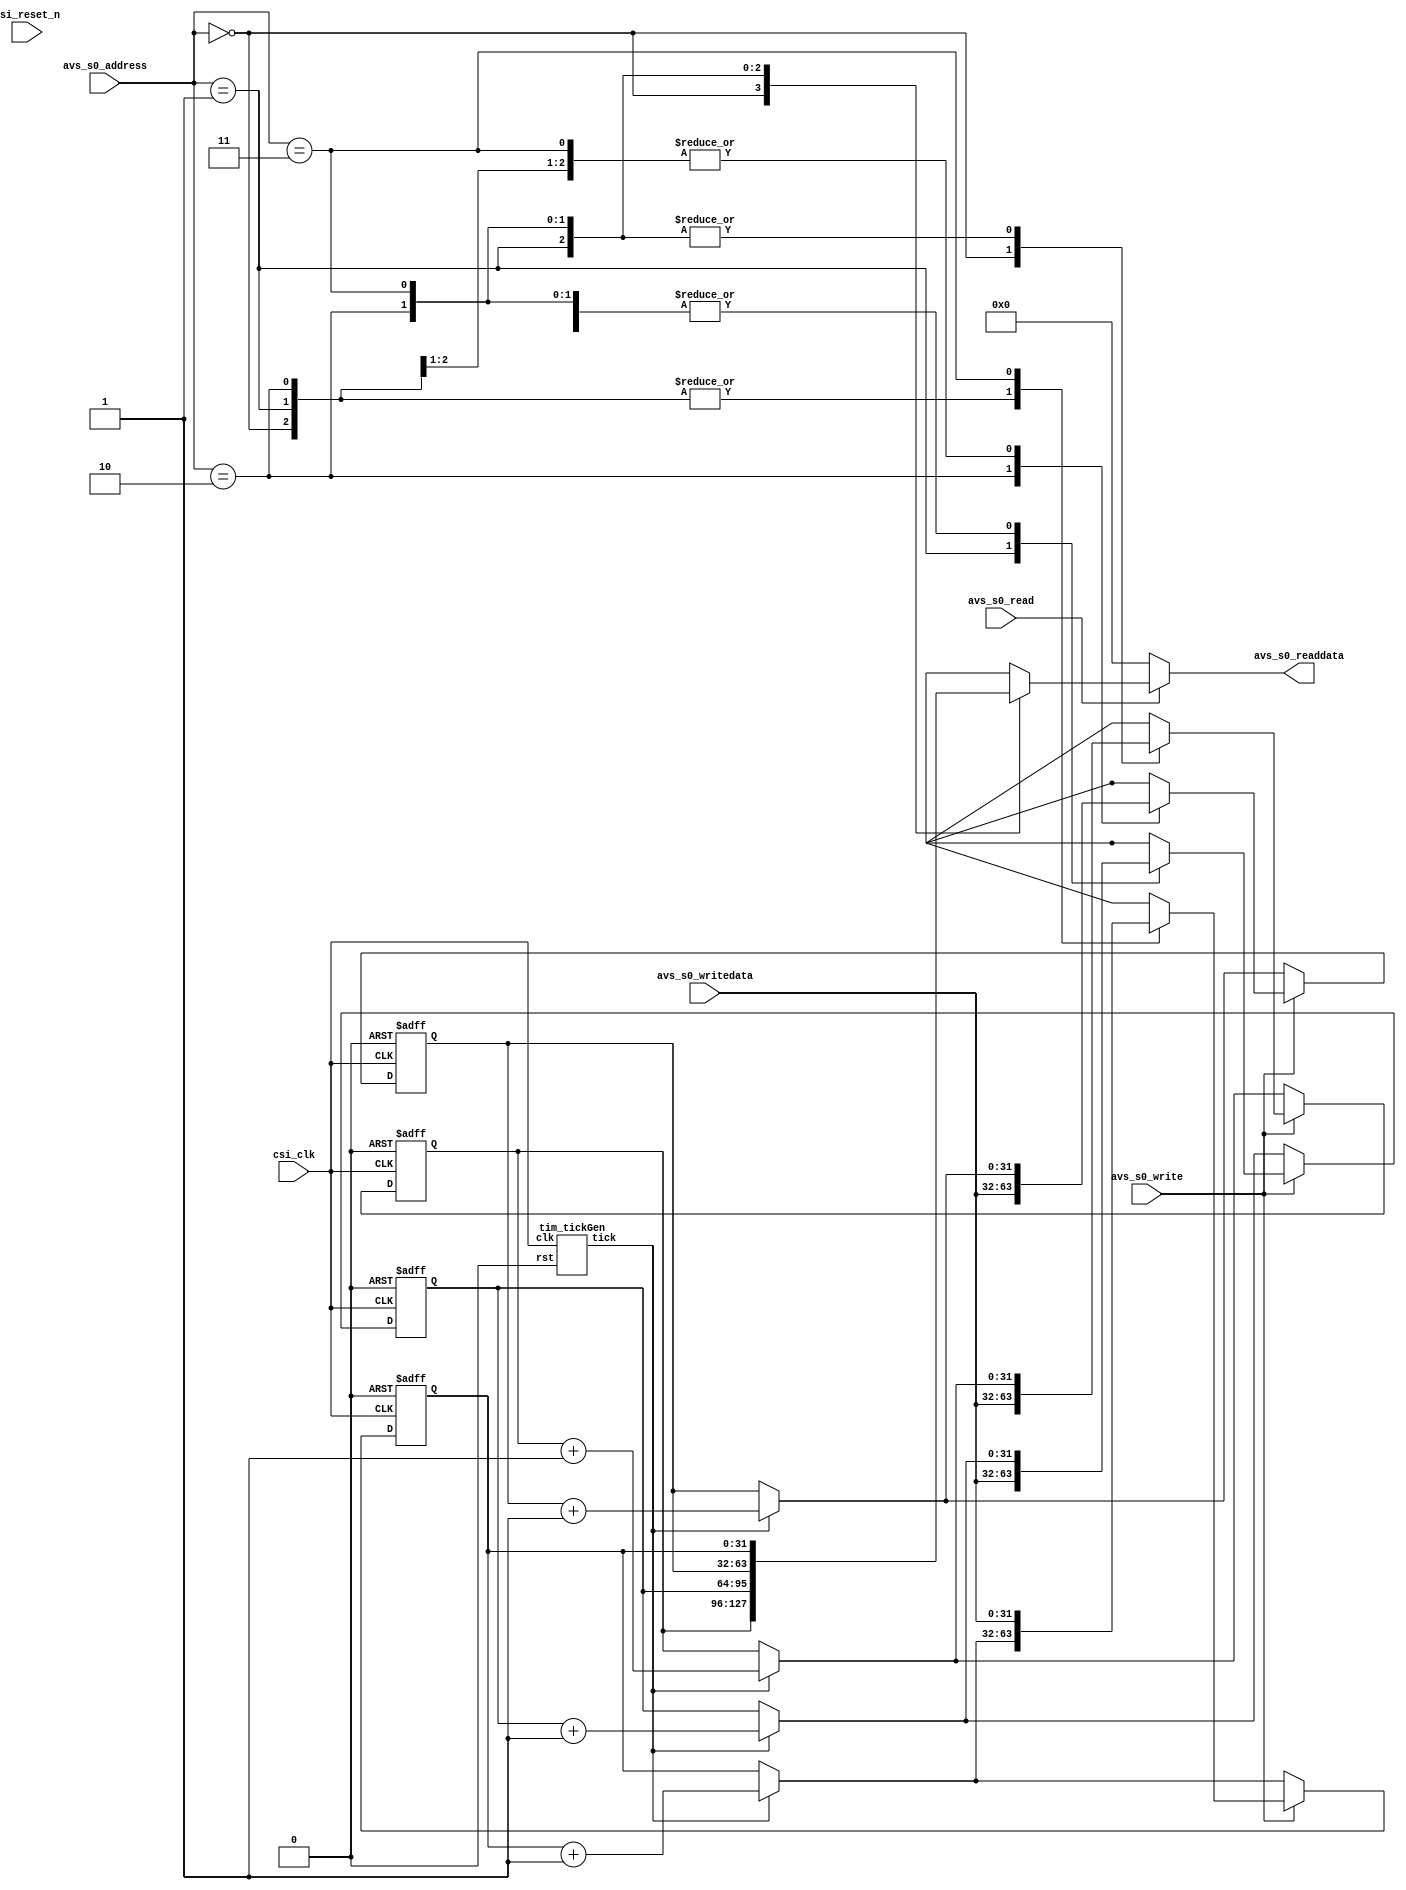
module timerModule(
	input csi_clk,
	input rsi_reset_n,
	
	// Avalon MM
	
	input avs_s0_write,
	input avs_s0_read,
	input[1:0] avs_s0_address,
	input[31:0] avs_s0_writedata,
	
	output reg[31:0] avs_s0_readdata
	
);

localparam LEN = 4;

wire rst = 0;
wire tick;

tim_tickGen tG(.clk(csi_clk),
					.rst(rst),
	
					.tick(tick)
);

reg[31:0] f_tim[LEN - 1:0];
reg[31:0] n_tim[LEN - 1:0];

integer n = 0;

always@(posedge csi_clk or posedge rst)
	if(rst)begin
		for(n=0;n<LEN;n = n + 1) f_tim[n] <= 0;
	end else
	begin
		for(n=0;n<LEN;n = n + 1) f_tim[n] <= n_tim[n];
	end


always@(*)begin
	avs_s0_readdata = 0;
	
	if(avs_s0_read)begin
		avs_s0_readdata = f_tim[avs_s0_address];
	end
end

always@(*)begin
	
	for(n = 0; n < LEN ; n = n + 1) begin
		n_tim[n] = f_tim[n];
		
		if(tick) n_tim[n] = f_tim[n] + 1;
	end
	
	
	if(avs_s0_write)begin
		n_tim[avs_s0_address] = avs_s0_writedata;
	end
end

endmodule

module tim_tickGen#
(
	parameter MAX_TIM = 50
)(
	input clk,
	input rst,
	
	output reg tick
);

reg[15:0] f_tim;
reg[15:0] n_tim;

always@(posedge clk or posedge rst)
	if(rst) f_tim <= 0;
	else f_tim <= n_tim;
	
always@(*)begin
	n_tim = f_tim + 1;
	tick = 0;
	
	if(f_tim == MAX_TIM) begin
		tick = 1;
		n_tim = 0;
	end
	
end
endmodule